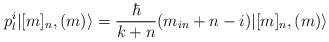
LaTeX: \begin{align*}p^i_l |[m]_n, (m)\rangle =\frac{\hbar}{k+n} (m_{in}+n-i)|[m]_n , (m)\rangle \end{align*}